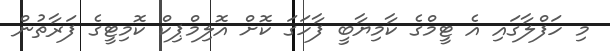
މި ހަފްލާގައި އެ ޓީމްގެ ކާމިޔާބީ ފާހަގަ ކޮށް އޮލިމްޕިކް ކޮމިޓީގެ ފަރާތުން